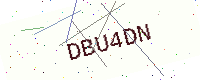
Text: DBU4DN